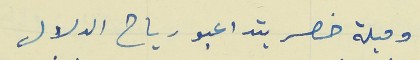
وميلة خصر بتداعبو رياح الدلال